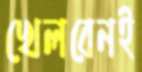
খেলবেনই